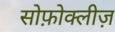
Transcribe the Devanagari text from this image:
सोफ़ोक्लीज़